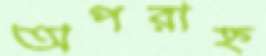
অপরাহ্ন